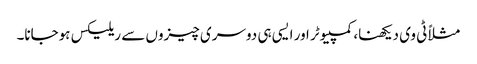
مثلاً ٹی وی دیکھنا، کمپیوٹر اور ایسی ہی دوسری چیزوں سے ریلیکس ہوجانا۔